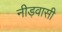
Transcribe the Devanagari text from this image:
नीड़वासी